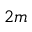
2 m